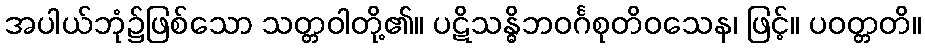
အပါယ်ဘုံ၌ဖြစ်သော သတ္တဝါတို့၏။ ပဋိသန္ဓိဘဝင်္ဂစုတိဝသေန၊ ဖြင့်။ ပဝတ္တတိ။